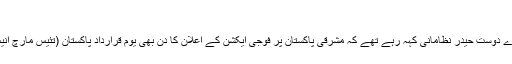
‘
اس دن واشنگٹن میں میرے دوست حیدر نظامانی کہہ رہے تھے کہ مشرقی پاکستان پر فوجی ایکشن کے اعلان کا دن بھی یوم قرارداد پاکستان (تئیس مارچ انیس سو اکتہر) چنا گیا تھا۔